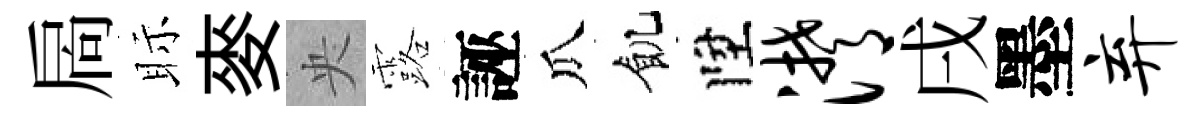
扄眎麥央露誣瓜飢陞潸戌墨弃